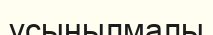
ұсынылмалы